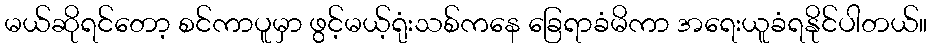
မယ်ဆိုရင်တော့ စင်ကာပူမှာ ဖွင့်မယ့်ရုံးသစ်ကနေ ခြေရာခံမိကာ အရေးယူခံရနိုင်ပါတယ်။